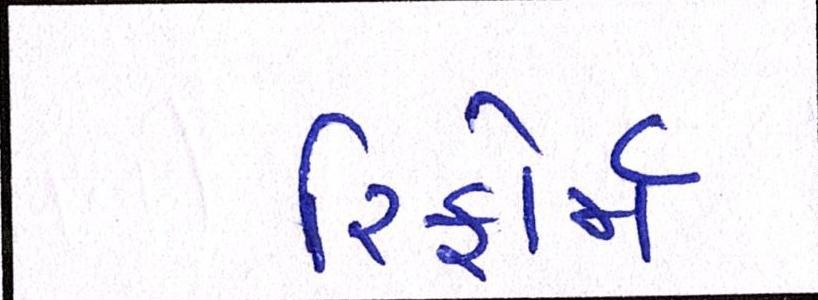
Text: રિફોર્મ